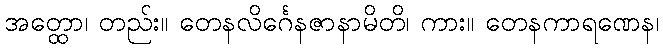
အတ္ထော၊ တည်း။ တေနလိင်္ဂေနဇာနာမိတိ၊ ကား။ တေနကာရဏေန၊